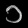
Digit: ၁